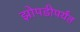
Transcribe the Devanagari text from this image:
झोपडीपर्यंत